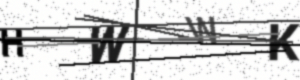
Text: HWWK